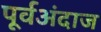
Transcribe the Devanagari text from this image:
पूर्वअंदाज